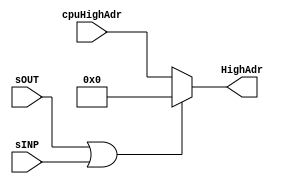
/********************************************************************
*                                                                   *
********************************************************************/

module cpuHAdrMux
    (
    input [7:0] cpuHighAdr,
    input   sOUT,
    input   sINP,   
    output wire [7:0] HighAdr
    );
    
reg [7:0] selectedAdr;

always @* begin
    if (sOUT | sINP)
        selectedAdr <= 8'b0;
    else
        selectedAdr <= cpuHighAdr;  
    end
    
    assign HighAdr = selectedAdr;
    
endmodule